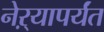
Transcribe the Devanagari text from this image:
नेऱ्यापर्यंत